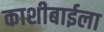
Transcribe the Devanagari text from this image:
काशीबाईला